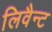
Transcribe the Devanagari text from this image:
लिवैन्ट